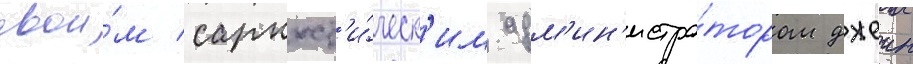
свои́м саркаст'и́ческ'им адм'ин'истра́тором джеин